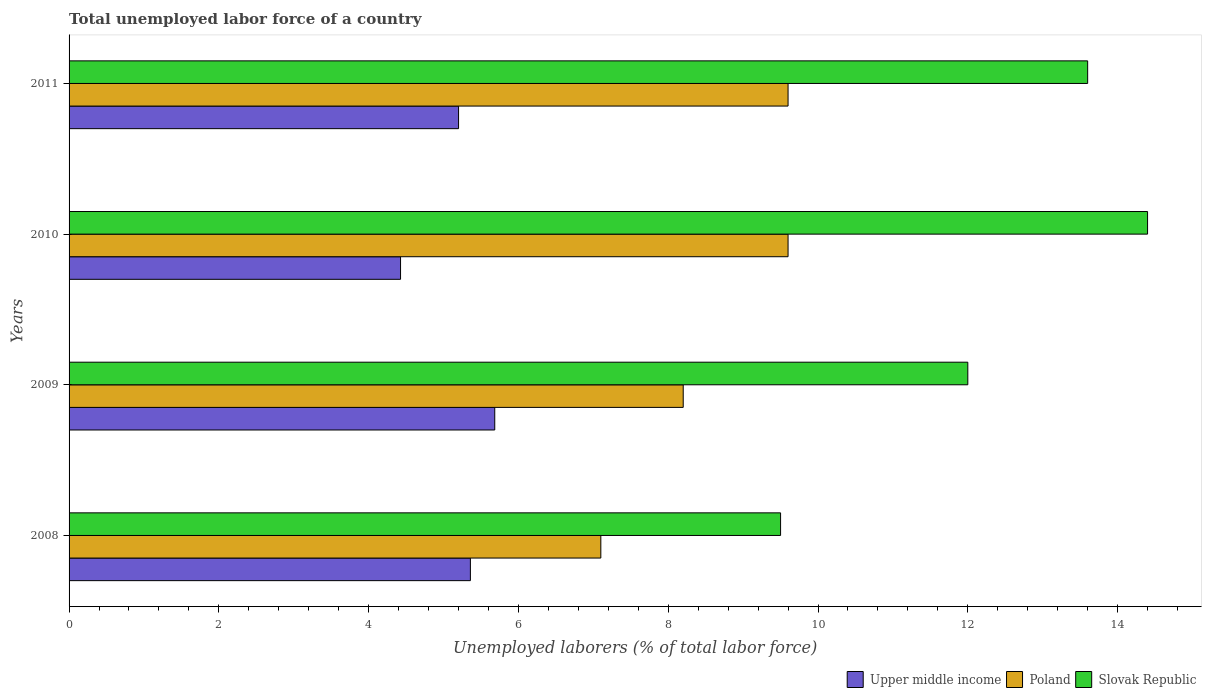
| Years | Upper middle income | Poland | Slovak Republic |
 | --- | --- | --- | --- |
 | 2008 | 5.36 | 7.1 | 9.5 |
 | 2009 | 5.68 | 8.2 | 12 |
 | 2010 | 4.43 | 9.6 | 14.4 |
 | 2011 | 5.2 | 9.6 | 13.6 |